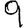
Digit: 9